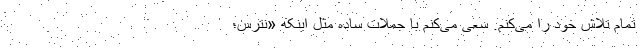
تمام تلاش خود را می‌کنم. سعی می‌کنم با جملات ساده مثل اینکه «نترس؛